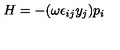
H = - ( \omega \epsilon _ { i j } y _ { j } ) p _ { i }